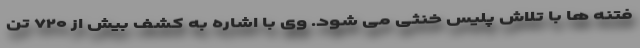
فتنه ها با تلاش پلیس خنثی می شود. وی با اشاره به کشف بیش از ۷۲۰ تن